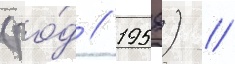
(ро́д // 1958) /